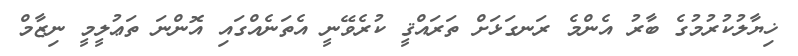
ޚިޔާލުކުރުމުގެ ބާރު އެންމެ ރަނގަޅަށް ތަރައްޤީ ކުރެވޭނީ އެތަނެއްގައި އޮންނަ ތަޢުލީމީ ނިޒާމް